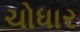
ચોધાર